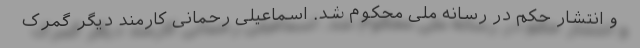
و انتشار حکم در رسانه ملی محکوم شد. اسماعیلی رحمانی کارمند دیگر گمرک